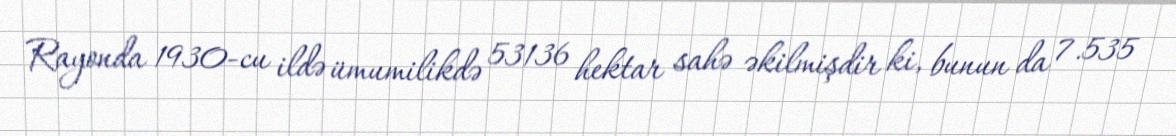
Rayonda 1930-cu ildə ümumilikdə 53136 hektar sahə əkilmişdir ki, bunun da 7.535